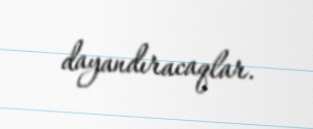
dayandıracaqlar.